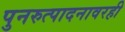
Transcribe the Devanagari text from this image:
पुनरुत्पादनावरही